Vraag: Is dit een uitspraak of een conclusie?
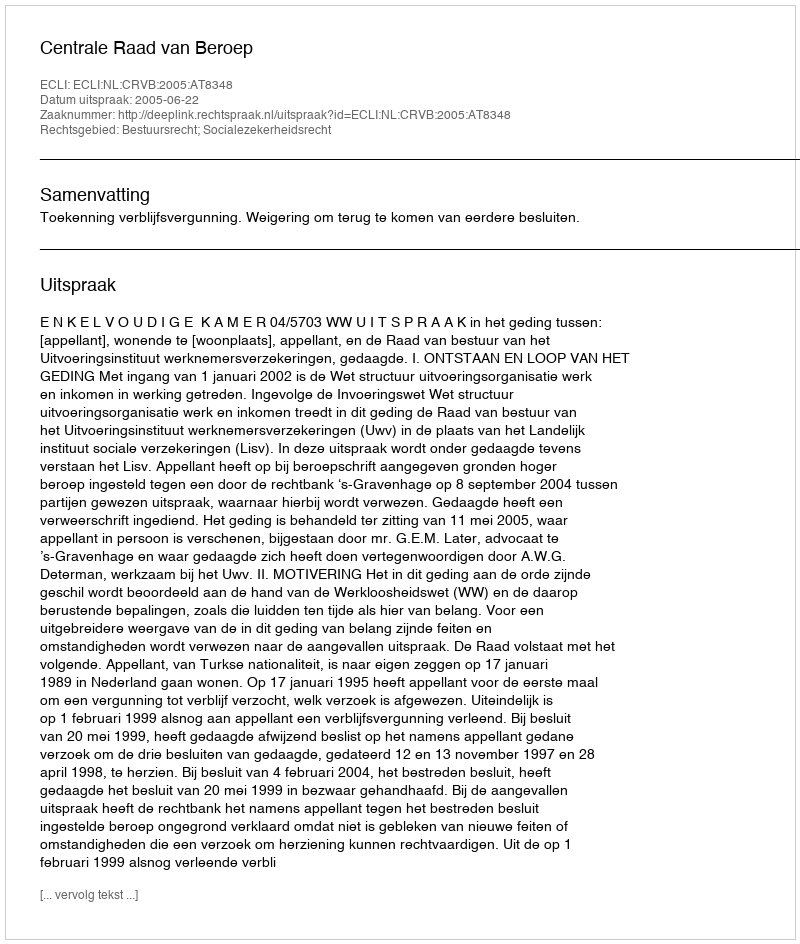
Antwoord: Uitspraak